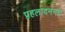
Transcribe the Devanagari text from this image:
प्रहलादनगर